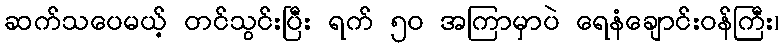
ဆက်သပေမယ့် တင်သွင်းပြီး ရက် ၅၀ အကြာမှာပဲ ရေနံချောင်းဝန်ကြီး၊